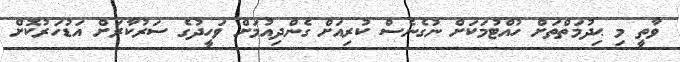
ވާތީ މި ޙިދުމަތްތަށް ހުއްޓުމަކަށް ނުގެނެސް ކުރިއަށް ގެންދިއުމަށް ވަހީދުގެ ސަރުކާރަށް އަޑުހަރުކޮށް